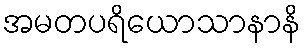
အမတပရိယောသာနာနိ